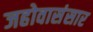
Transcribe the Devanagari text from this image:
जहोवासंसार